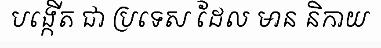
បង្កើត ជា ប្រទេស ដែល មាន និកាយ